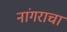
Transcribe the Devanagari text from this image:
नांगराचा